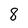
Character: 8